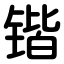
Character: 锴